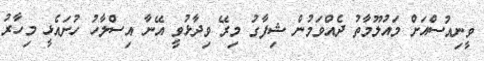
ވީނިއުސްއަށް މައުލޫމާތު ދެއްވަމުން ޝިފާގު މިރޭ ވިދާޅުވީ އޭނާ އިސްލާހު ހުށައެޅީ މިހާރު